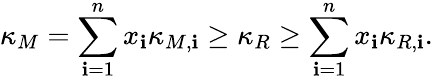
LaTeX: \kappa_{M}=\sum_{\mathbf{i}=1}^{n}x_{\mathbf{i}}\kappa_{M,\mathbf{i}}\geq\kappa_{R}\geq\sum_{\mathbf{i}=1}^{n}x_{\mathbf{i}}\kappa_{R,\mathbf{i}}.